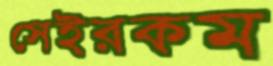
সেইরকম